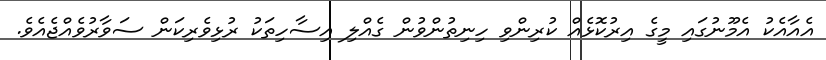
އެއާއެކު އެމޫނުގައި މީގެ އިރުކޮޅެއް ކުރިންވި ހިނިތުންވުން ގެއްލި އިސާހިތަކު ރުޅިވެރިކަން ސަވާރުވެއްޖެއެވެ.